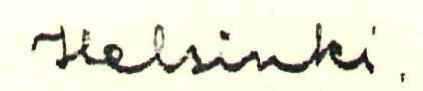
Helsinki.